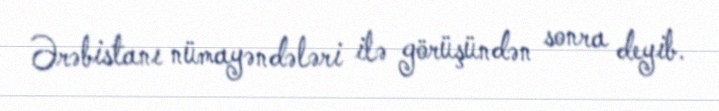
Ərəbistanı nümayəndələri ilə görüşündən sonra deyib.